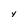
Character: Y